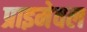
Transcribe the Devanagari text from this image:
प्राइमेवल